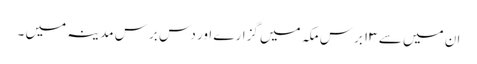
ان میں سے ۱۳ برس مکہ میں گزارے اور دس برس مدینہ میں ۔